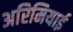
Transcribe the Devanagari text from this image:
अरिमियाई